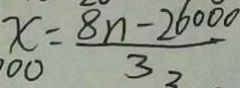
x = \frac { 8 n - 2 6 0 0 0 } { 3 2 }